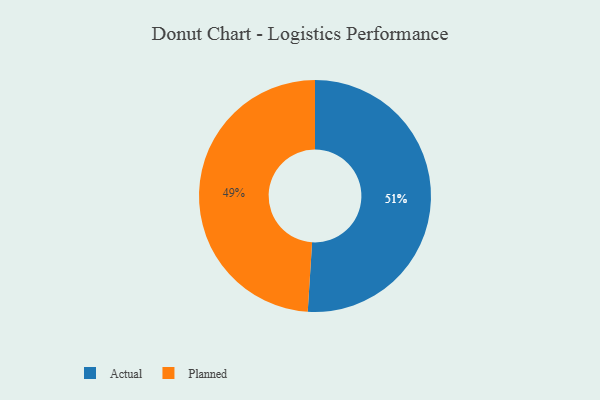
{"axis": {"x": "Category", "y": "Percentage"}, "legend": ["Actual", "Planned"], "data": [{"x": "Planned", "y": 49, "type": "Planned"}, {"x": "Actual", "y": 51, "type": "Actual"}]}